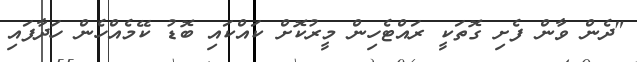
"ދެން ވާން ފެށި ގޮތަކީ ރައްޓެހިން މީރުކޮށް ކައްކައި ބޮޑު ކޭމެއްހެން ހަދާފައި